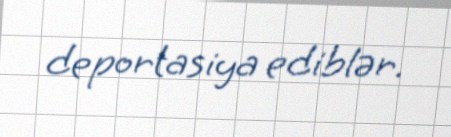
deportasiya ediblər.